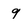
Character: 9